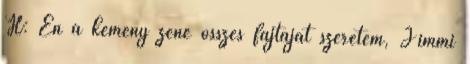
H: Én a kemény zene összes fajtáját szeretem, Jimmi